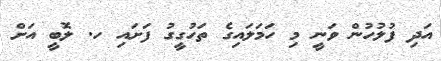
އަދި ފުލުހުން ވަނީ މި ހަމަލައިގެ ތަހުގީގު ފަށައި ހ. ލޮބީ އަށް